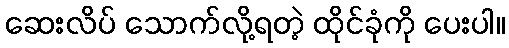
ဆေးလိပ် သောက်လို့ရတဲ့ ထိုင်ခုံကို ပေးပါ။